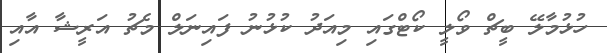
ހުޅުމާލޭ ބީޗް ވޯލީ ކޯޓްގައި މިއަދު ކުޅުނު ފައިނަލް މެޗު އަރީޝާ އާއި